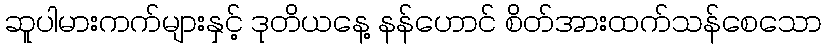
ဆူပါမားကက်များနှင့် ဒုတိယနေ့ နန်ဟောင် စိတ်အားထက်သန်စေသော